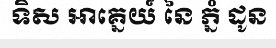
ទិស អាគ្នេយ៍ នៃ ភ្នំ ដូន